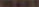
MART